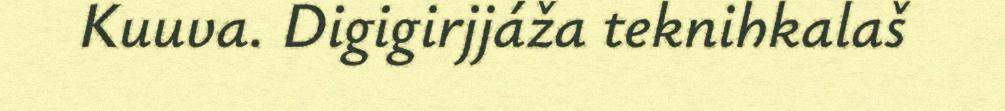
Kuuva. Digigirjjáža teknihkalaš